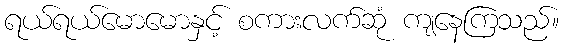
ရယ်ရယ်မောမောနှင့် စကားလက်ဆုံ ကျနေကြသည်။